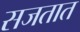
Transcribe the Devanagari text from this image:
सजतात